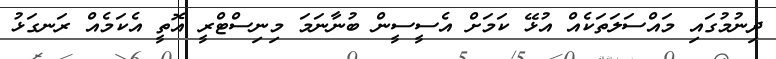
ދިނުމުގައި މައްސަލަތަކެއް އުޅޭ ކަމަށް އެސީސީން ބުނާނަމަ މިނިސްޓްރީ އޮތީ އެކަމެއް ރަނގަޅު